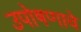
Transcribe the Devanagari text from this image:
उपोषणाचे